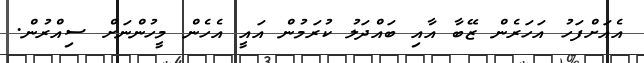
އެއަށްފަހު އަހަރެން ޒޭބާ އާއި ބައްދަލު ކުރަމުން އައީ އެހެން މީހުންނަށް ސިއްރުން.